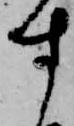
す